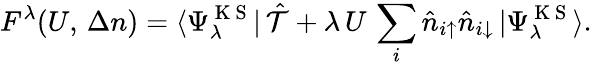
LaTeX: F^{\lambda}(U,\, \Delta n)=\langle\Psi_{\lambda}^{\mathrm{~K~S~}}|\, \hat{\mathcal{T}}+\lambda\, U\, \sum_{i}\hat{n}_{i\uparrow}\hat{n}_{i\downarrow}\, |\Psi_{\lambda}^{\mathrm{~K~S~}}\rangle.